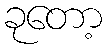
ခုတော့